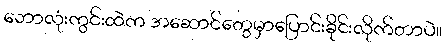
ဘောလုံးကွင်းထဲက အဆောင်တွေမှာပြောင်းခိုင်းလိုက်တာပဲ။